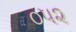
૦૫૨